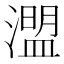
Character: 𤀄